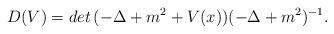
LaTeX: \begin{align*}D(V)=det\,(-\Delta+m^{2}+V(x))(-\Delta+m^{2})^{-1}.\end{align*}